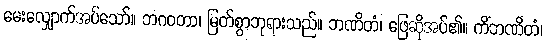
မေးလျှောက်အပ်သော်။ ဘဂဝတာ၊ မြတ်စွာဘုရားသည်။ ဘဏိတံ၊ ဖြေဆိုအပ်၏။ ကိံဘဏိတံ၊